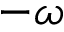
- \omega